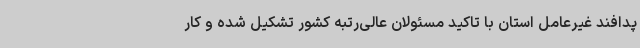
پدافند غیرعامل استان با تاکید مسئولان عالی‌رتبه کشور تشکیل شده و کار